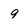
Character: 9